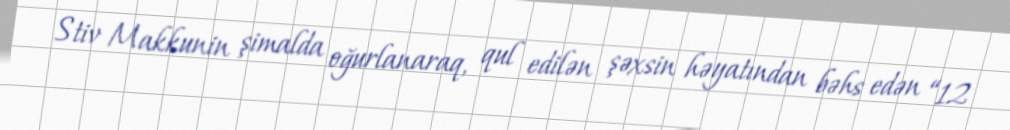
Stiv Makkunin şimalda oğurlanaraq, qul edilən şəxsin həyatından bəhs edən “12